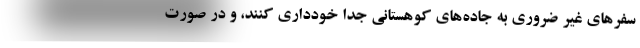
سفرهای غیر ضروری به جاده‌های کوهستانی جداً خودداری کنند، و در صورت